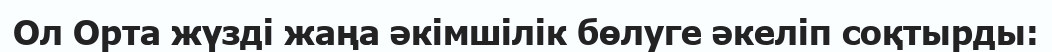
Ол Орта жүзді жаңа әкімшілік бөлуге әкеліп соқтырды: